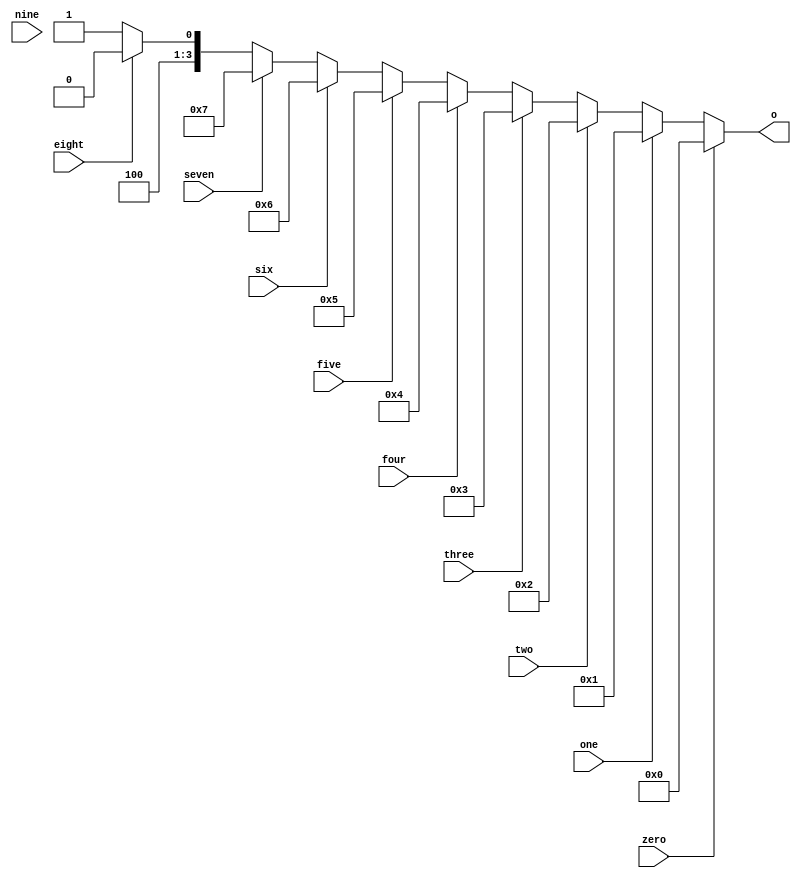
module DecimaltoBinaryEncoder
(
input zero,
input one,
input two,
input three,
input four,
input five,
input six,
input seven,
input eight,
input nine,
output reg [3:0] o);

always @ (*)
 if (zero==1'b1)
     o=4'b0000;
else if(one==1'b1)
     o=4'b0001;
else if(two==1'b1)
     o=4'b0010;
else if(three==1'b1)
     o=4'b0011;
else if(four==1'b1)
     o=4'b0100;
else if(five==1'b1)
     o=4'b0101;
else if(six==1'b1)
     o=4'b0110;
else if(seven==1'b1)
     o=4'b0111;
else if(eight==1'b1)
     o=4'b1000;
else 
     o=4'b1001;
endmodule